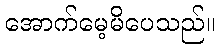
အောက်မေ့မိပေသည်။